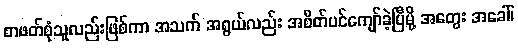
စာဖတ်စုံသူလည်းဖြစ်ကာ အသက် အရွယ်လည်း အစိတ်ပင်ကျော်ခဲ့ပြီမို့ အတွေး အခေါ်၊